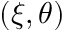
( \xi , \theta )